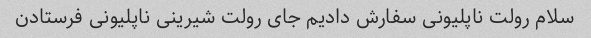
سلام رولت ناپلیونی سفارش دادیم جای رولت شیرینی ناپلیونی فرستادن